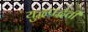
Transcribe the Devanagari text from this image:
युद्धपद्धती